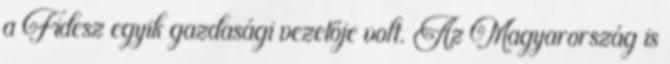
a Fidesz egyik gazdasági vezetője volt. Az Magyarország is